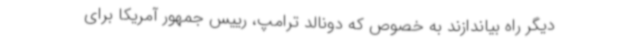
دیگر راه بیاندازند به خصوص که دونالد ترامپ، رییس جمهور آمریکا برای